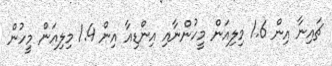
ޗައިނާ އިން 1.6 މިލިއަން މީހުންނާއި އިންޑިއާ އިން 1.4 މިލިއަން މީހުން